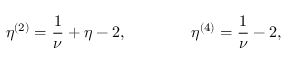
\eta ^ { ( 2 ) } = { \frac { 1 } { \nu } } + \eta - 2 , \qquad \qquad \eta ^ { ( 4 ) } = { \frac { 1 } { \nu } } - 2 ,